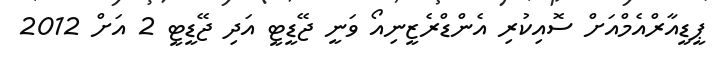
ޕީޑީއާރްއެމްއަށް ސޮއިކުރި އެންޑްރެޒީނިއޯ ވަނީ ޖޭޑީޓީ އަދި ޖޭޑީޓީ 2 އަށް 2012